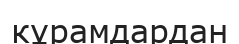
кұрамдардан